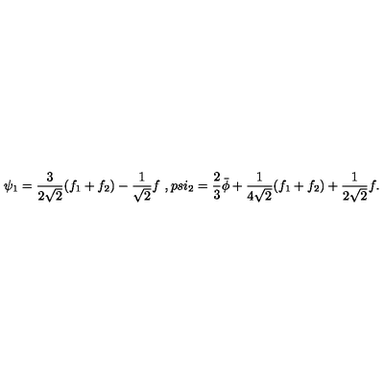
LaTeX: \psi _ { 1 } = \frac { 3 } { 2 \sqrt { 2 } } ( f _ { 1 } + f _ { 2 } ) - \frac { 1 } { \sqrt { 2 } } f \ , p s i _ { 2 } = \frac { 2 } { 3 } \bar { \phi } + \frac { 1 } { 4 \sqrt { 2 } } ( f _ { 1 } + f _ { 2 } ) + \frac { 1 } { 2 \sqrt { 2 } } f .